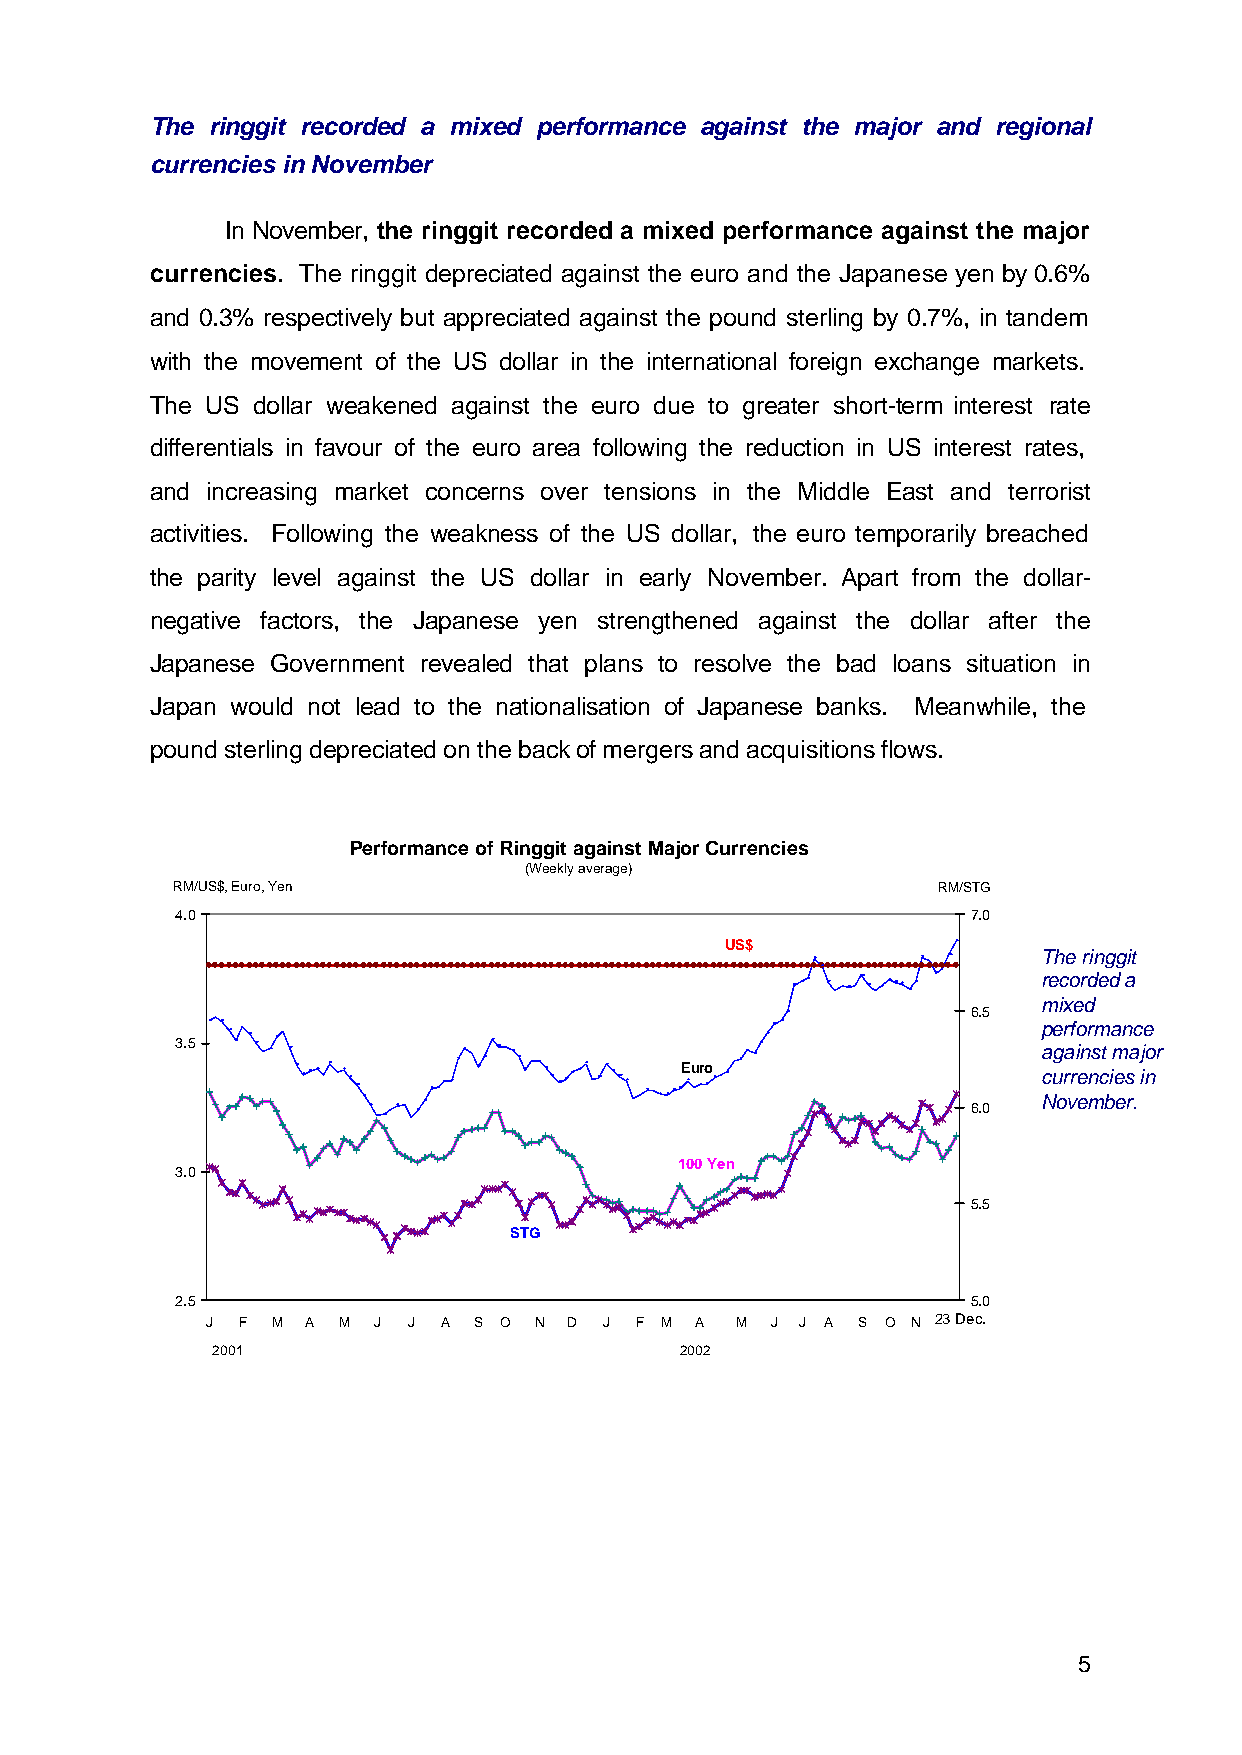
The ringgit recorded a mixed performance against the major and regional
 currencies in November
 In November, the ringgit recorded a mixed performance against the major
 currencies. The ringgit depreciated against the euro and the Japanese yen by 0.6%
 and 0.3% respectively but appreciated against the pound sterling by 0.7%, in tandem
 with the movement of the US dollar in the international foreign exchange markets.
 The US dollar weakened against the euro due to greater short-term interest rate
 differentials in favour of the euro area following the reduction in US interest rates,
 and increasing market concerns over tensions in the Middle East and terrorist
 activities. Following the weakness of the US dollar, the euro temporarily breached
 the parity level against the US dollar in early November. Apart from the dollar-
 negative factors, the Japanese yen strengthened against the dollar after the
 Japanese Government revealed that plans to resolve the bad loans situation in
 Japan would not lead to the nationalisation of Japanese banks. Meanwhile, the
 pound sterling depreciated on the back of mergers and acquisitions flows.
 Performance of Ringgit against Major Currencies
 (Weekly average)
 RM/US$, Euro, Yen                                  RM/STG
 4.0                                                 7.0
 US$
 The ringgit
 recorded a
 mixed
 6.5
 performance
 3.5                                                      against major
 Euro
 currencies in
 November.
 6.0
 100 Yen
 3.0
 5.5
 STG
 2.5                                                 5.0
 J F M A M  J J A S O N  D J F M A  M J J A S O N 23 Dec.
 20 01                          2 0 0 2
 5